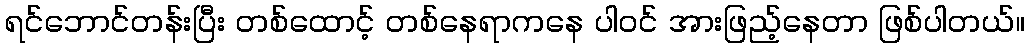
ရင်ဘောင်တန်းပြီး တစ်ထောင့် တစ်နေရာကနေ ပါဝင် အားဖြည့်နေတာ ဖြစ်ပါတယ်။